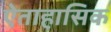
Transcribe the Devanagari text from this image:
ऐताहासिक